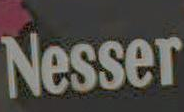
Nesser